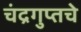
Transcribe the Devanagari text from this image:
चंद्रगुप्तचे